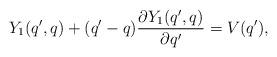
LaTeX: \begin{align*} Y_1(q',q)+(q'-q) \frac{\partial Y_1(q',q)}{\partial q'} =V(q'),\end{align*}